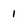
Character: 1